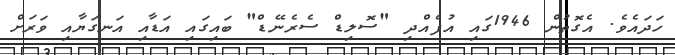
ހަދައެވެ. އެގޮތުން 1946ގައި އުފެއްދި "ސޮލިޑް ސެރެނޭޑް" ބައިގައި އަޑާއި އަނގަޔާއި ވަރަށް